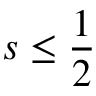
s \leq \frac 1 2